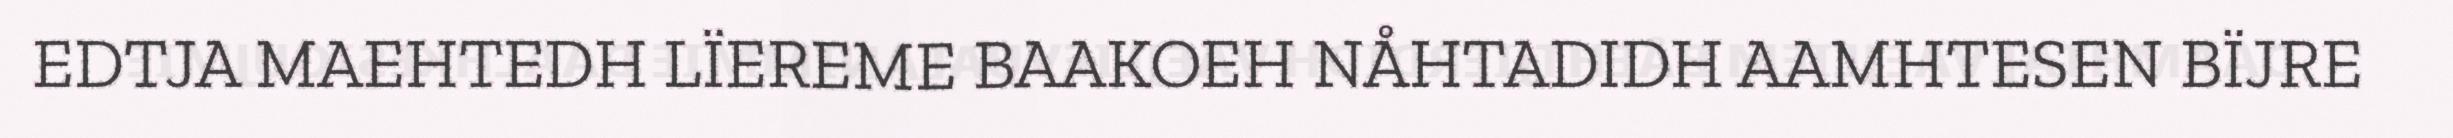
EDTJA MAEHTEDH LÏEREME BAAKOEH NÅHTADIDH AAMHTESEN BÏJRE